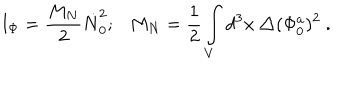
I _ { \Phi } = \frac { M _ { N } } { 2 } { \dot { N } } _ { 0 } ^ { 2 } ; M _ { N } = \frac 1 2 \int _ { V } d ^ { 3 } x ~ \triangle ( \Phi _ { 0 } ^ { a } ) ^ { 2 } ~ .